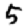
Digit: 5